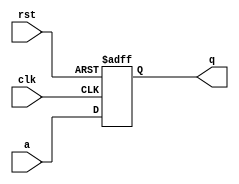
module pipo(a,clk,rst,q);
input clk,rst;
input [3:0]a;
output [3:0]q;
wire [3:0]q;
reg [3:0]temp;
always@(posedge clk,posedge rst)
begin
if(rst==1)
temp<=4'b0000;
else
begin
temp[3]<=a[3];
temp[2]<=a[2];
temp[1]<=a[1];
temp[0]<=a[0];
end
end
assign q=temp;
endmodule